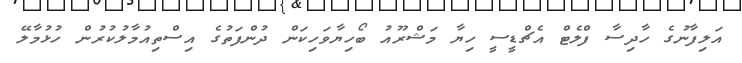
އަލިފާނުގެ ހާދިސާ ފްލެޓް އެޗްޑީސީ ހިޔާ މަޝްރޫއު ބޯހިޔާވަހިކަން ދުންފަތުގެ އިސްތިއުމާލުކުރުން ހުޅުމާލޭ